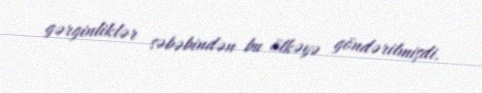
gərginliklər səbəbindən bu ölkəyə göndərilmişdi.